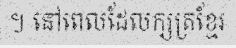
។ នៅពេលដែលក្សត្រខ្មែរ